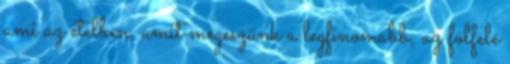
ami az ételben, amit megeszünk a legfinomabb, az fölfelé